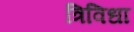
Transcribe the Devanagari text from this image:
त्रिविधा